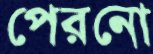
পেরনো